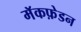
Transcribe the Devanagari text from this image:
मॅकफ़ेडन